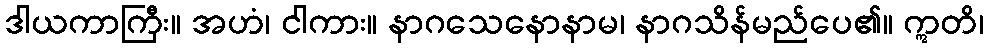
ဒါယကာကြီး။ အဟံ၊ ငါကား။ နာဂသေနောနာမ၊ နာဂသိန်မည်ပေ၏။ ဣတိ၊